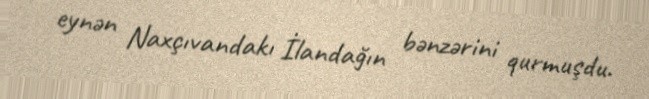
eynən Naxçıvandakı İlandağın bənzərini qurmuşdu.